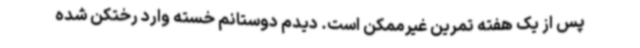
پس از یک هفته تمرین غیرممکن است. دیدم دوستانم خسته وارد رختکن شده